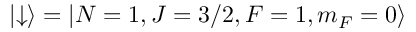
\left| \downarrow \right\rangle = \left| N = 1 , J = 3 / 2 , F = 1 , m _ { F } = 0 \right\rangle